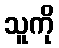
သူကို